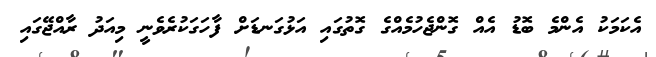
އެކަމަކު އެންމެ ބޮޑު އެއް ގޮންޖެހުމެއްގެ ގޮތުގައި އަޅުގަނޑަށް ފާހަގަކުރެވެނީ މިއަދު ރާއްޖޭގައި